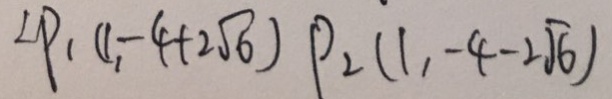
\angle P _ { 1 } ( 1 , - 4 + 2 \sqrt { 6 } ) P _ { 2 } ( 1 , - 4 - 2 \sqrt { 6 } )